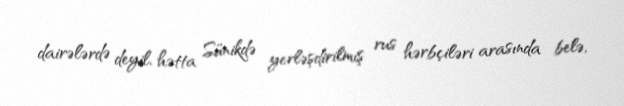
dairələrdə deyil, hətta Sünikdə yerləşdirilmiş rus hərbçiləri arasında belə,